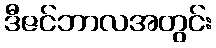
ဒီဇင်ဘာလအတွင်း